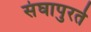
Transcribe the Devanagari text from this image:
संघापुरते